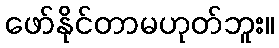
ဖော်နိုင်တာမဟုတ်ဘူး။